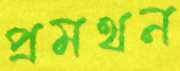
প্রমথন